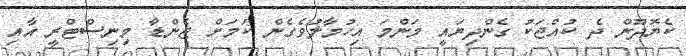
ކެޔޮދޫން ދެ ކުއްޖަކު ގެންދިޔައީ މަންމަ އިހުމާލުވެގެން ކަމަށް ޖެންޑާ މިނިސްޓްރީ އާއި